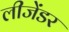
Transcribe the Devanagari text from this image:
लीजेंडर